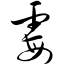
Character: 霉